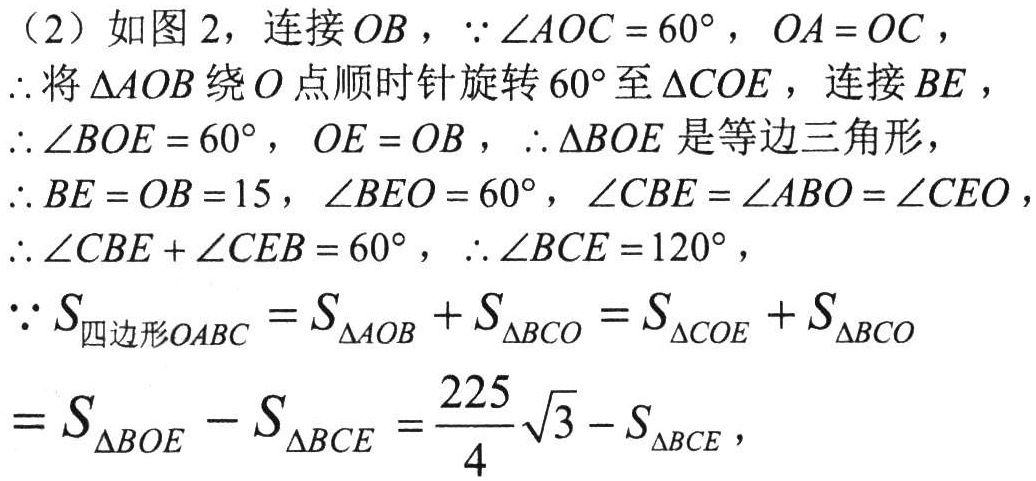
（2）如图 2，连接 \(OB\)，\(\because\angle AOC = 60^{\circ}\)，\(OA = OC\)，
\(\therefore\)将 \(\triangle AOB\) 绕 \(O\) 点顺时针旋转 \(60^{\circ}\) 至 \(\triangle COE\)，连接 \(BE\)，
\(\therefore\angle BOE = 60^{\circ}\)，\(OE = OB\)，\(\therefore\triangle BOE\) 是等边三角形，
\(\therefore BE = OB = 15\)，\(\angle BEO = 60^{\circ}\)，\(\angle CBE=\angle ABO = \angle CEO\)，
\(\therefore\angle CBE+\angle CEB = 60^{\circ}\)，\(\therefore\angle BCE = 120^{\circ}\)，
\(\because S_{四边形OABC}=S_{\triangle AOB}+S_{\triangle BCO}=S_{\triangle COE}+S_{\triangle BCO}\)
\(=S_{\triangle BOE}-S_{\triangle BCE}=\frac{225}{4}\sqrt{3}-S_{\triangle BCE}\)，